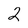
Character: 2